Senior Leaving Certificate Examination (including Day School Certificate (Higher) General paper), 1947
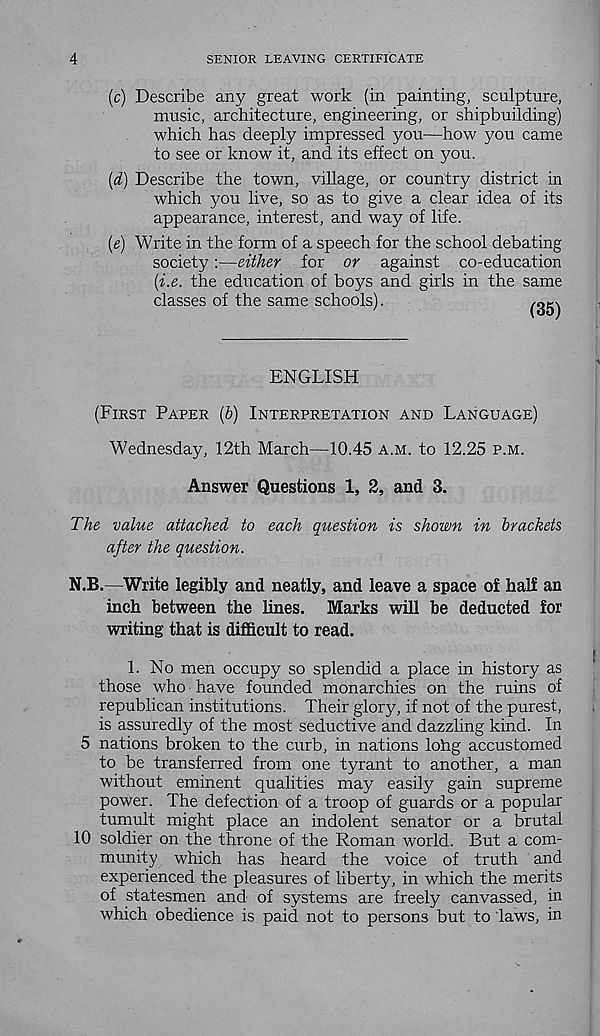
4
SENIOR LEAVING CERTIFICATE
(c) Describe any great work (in painting, sculpture,
music, architecture, engineering, or shipbuilding)
which has deeply impressed you—how you came
to see or know it, and its effect on you.
(d) Describe the town, village, or country district in
which you live, so as to give a clear idea of its
appearance, interest, and way of life.
(e) Write in the form of a speech for the school debating
society:—either for or against co-education
(i.e. the education of boys and girls in the same
classes of the same schools).
ENGLISH
(FIRST PAPER (b) INTERPRETATION AND LANGUAGE)
Wednesday, 12th March—10.45 A.M. to 12.25 P.M.
Answer Questions 1, 2, and 3.
The value attached to each question is shown in brackets
after the question.
N.B.—Write legibly and neatly, and leave a space of half an
inch between the lines. Marks will be deducted for
writing that is difficult to read.
1. No men occupy so splendid a place in history as
those who have founded monarchies on the ruins of
republican institutions. Their glory, if not of the purest,
is assuredly of the most seductive and dazzling kind. In
5 nations broken to the curb, in nations lohg accustomed
to be transferred from one tyrant to another, a man
without eminent qualities may easily gain supreme
power. The defection of a troop of guards or a popular
tumult might place an indolent senator or a brutal
10 soldier on the throne of the Roman world. But a com-
munity which has heard the voice of truth and
experienced the pleasures of liberty, in which the merits
of statesmen and of systems are freely canvassed, in
which obedience is paid not to persons but to laws, in